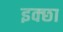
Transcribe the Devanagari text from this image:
इक्छा